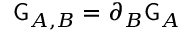
\mathsf { G } _ { A , B } = \partial _ { B } \mathsf { G } _ { A }